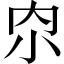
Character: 𫴹